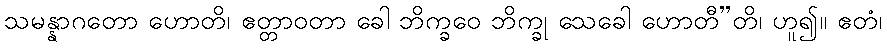
သမန္နာဂတော ဟောတိ၊ ဧတ္တာဝတာ ခေါ ဘိက္ခဝေ ဘိက္ခု သေခေါ ဟောတီ”တိ၊ ဟူ၍။ ဧတံ၊